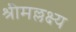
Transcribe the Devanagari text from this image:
श्रीमल्लक्ष्य